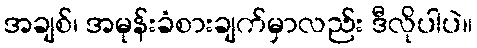
အချစ်၊ အမုန်းခံစားချက်မှာလည်း ဒီလိုပါပဲ။